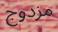
مزدوج